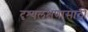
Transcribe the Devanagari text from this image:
दृश्यलक्षणासाठी